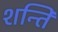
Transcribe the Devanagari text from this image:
शन्ति